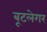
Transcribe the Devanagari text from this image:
बूटलेगर